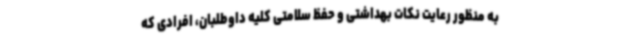
به منظور رعایت نکات بهداشتی و حفظ سلامتی کلیه داوطلبان، افرادی که